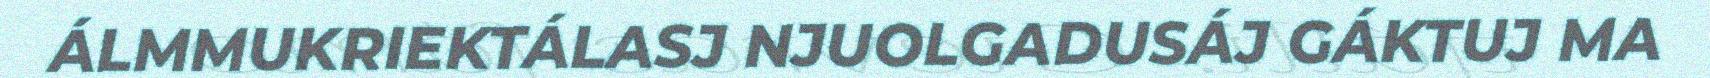
ÁLMMUKRIEKTÁLASJ NJUOLGADUSÁJ GÁKTUJ MA